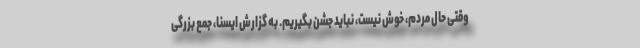
وقتی حال مردم، خوش نیست، نباید جشن بگیریم. به گزارش ایسنا، جمع بزرگی